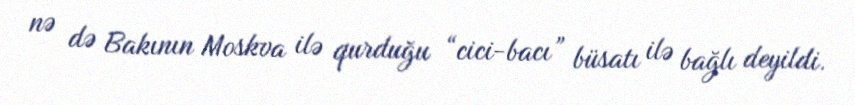
nə də Bakının Moskva ilə qurduğu “cici-bacı” büsatı ilə bağlı deyildi.